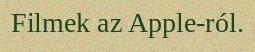
Filmek az Apple-ról.